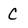
Character: C